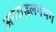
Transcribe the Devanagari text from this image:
अपराह्नलगभग